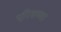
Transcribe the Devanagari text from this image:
एरिसच्या